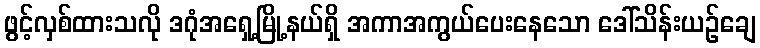
ဖွင့်လှစ်ထားသလို ဒဂုံအရှေ့မြို့နယ်ရှိ အကာအကွယ်ပေးနေသော ဒေါ်သိန်းယဉ်ချေ